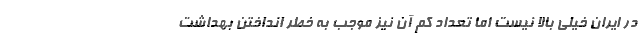
در ایران خیلی بالا نیست اما تعداد کم آن نیز موجب به خطر انداختن بهداشت